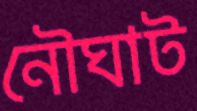
নৌঘাট